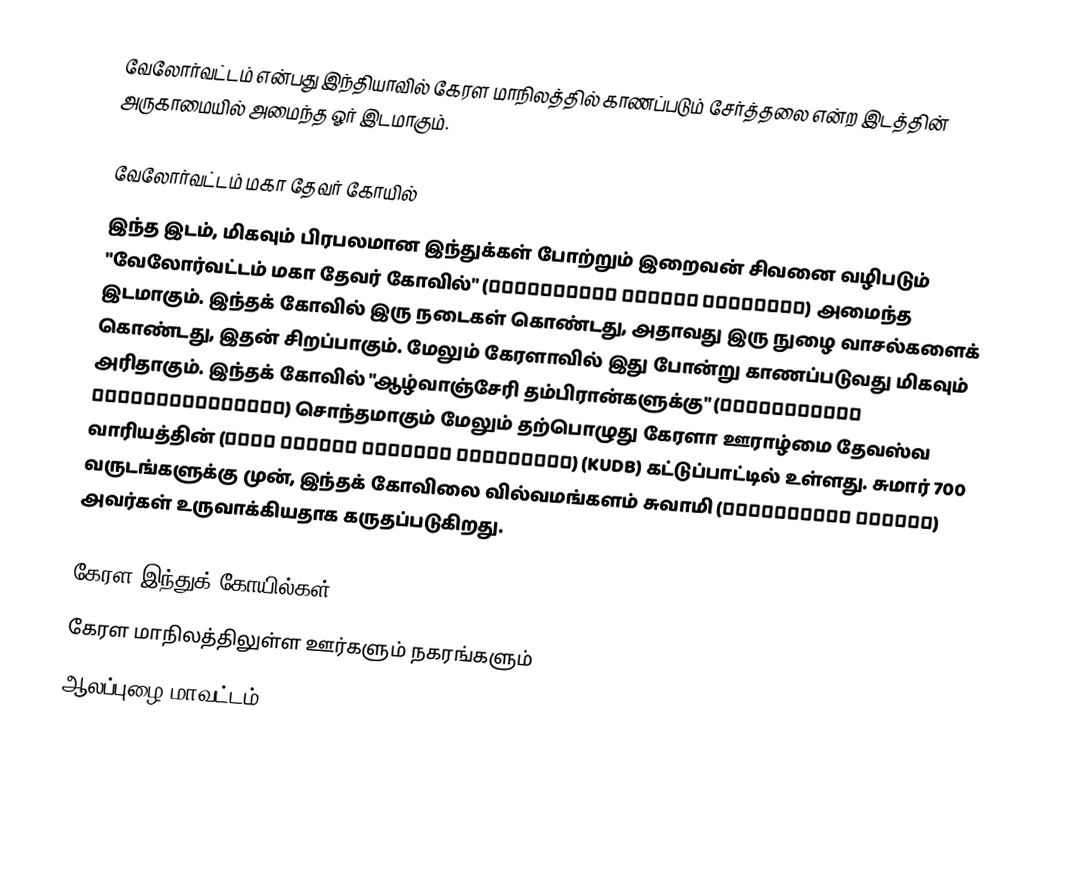
வேலோர்வட்டம் என்பது இந்தியாவில் கேரள மாநிலத்தில் காணப்படும் சேர்த்தலை என்ற இடத்தின் அருகாமையில் அமைந்த ஓர் இடமாகும்.

வேலோர்வட்டம் மகா தேவர் கோயில்
இந்த இடம், மிகவும் பிரபலமான இந்துக்கள் போற்றும் இறைவன் சிவனை வழிபடும் "வேலோர்வட்டம் மகா தேவர் கோவில்" (വേലോർവട്ടം മഹാദേവ ക്ഷേത്രം) அமைந்த இடமாகும். இந்தக் கோவில் இரு நடைகள் கொண்டது, அதாவது இரு நுழை வாசல்களைக் கொண்டது, இதன் சிறப்பாகும். மேலும் கேரளாவில் இது போன்று காணப்படுவது மிகவும் அரிதாகும். இந்தக் கோவில் "ஆழ்வாஞ்சேரி தம்பிரான்களுக்கு" (ആഴ്വാഞ്ചേരി തമ്പ്രാക്കൾക്ക്) சொந்தமாகும் மேலும் தற்பொழுது கேரளா ஊராழ்மை தேவஸ்வ வாரியத்தின் (കേരള ഊരാഴ്മ ദേവസ്വം ബോർഡിന്റെ) (KUDB) கட்டுப்பாட்டில் உள்ளது. சுமார் 700 வருடங்களுக்கு முன், இந்தக் கோவிலை வில்வமங்களம் சுவாமி (വില്വമംഗലം സ്വാമി) அவர்கள் உருவாக்கியதாக கருதப்படுகிறது.

கேரள இந்துக் கோயில்கள்
கேரள மாநிலத்திலுள்ள ஊர்களும் நகரங்களும்
ஆலப்புழை மாவட்டம்